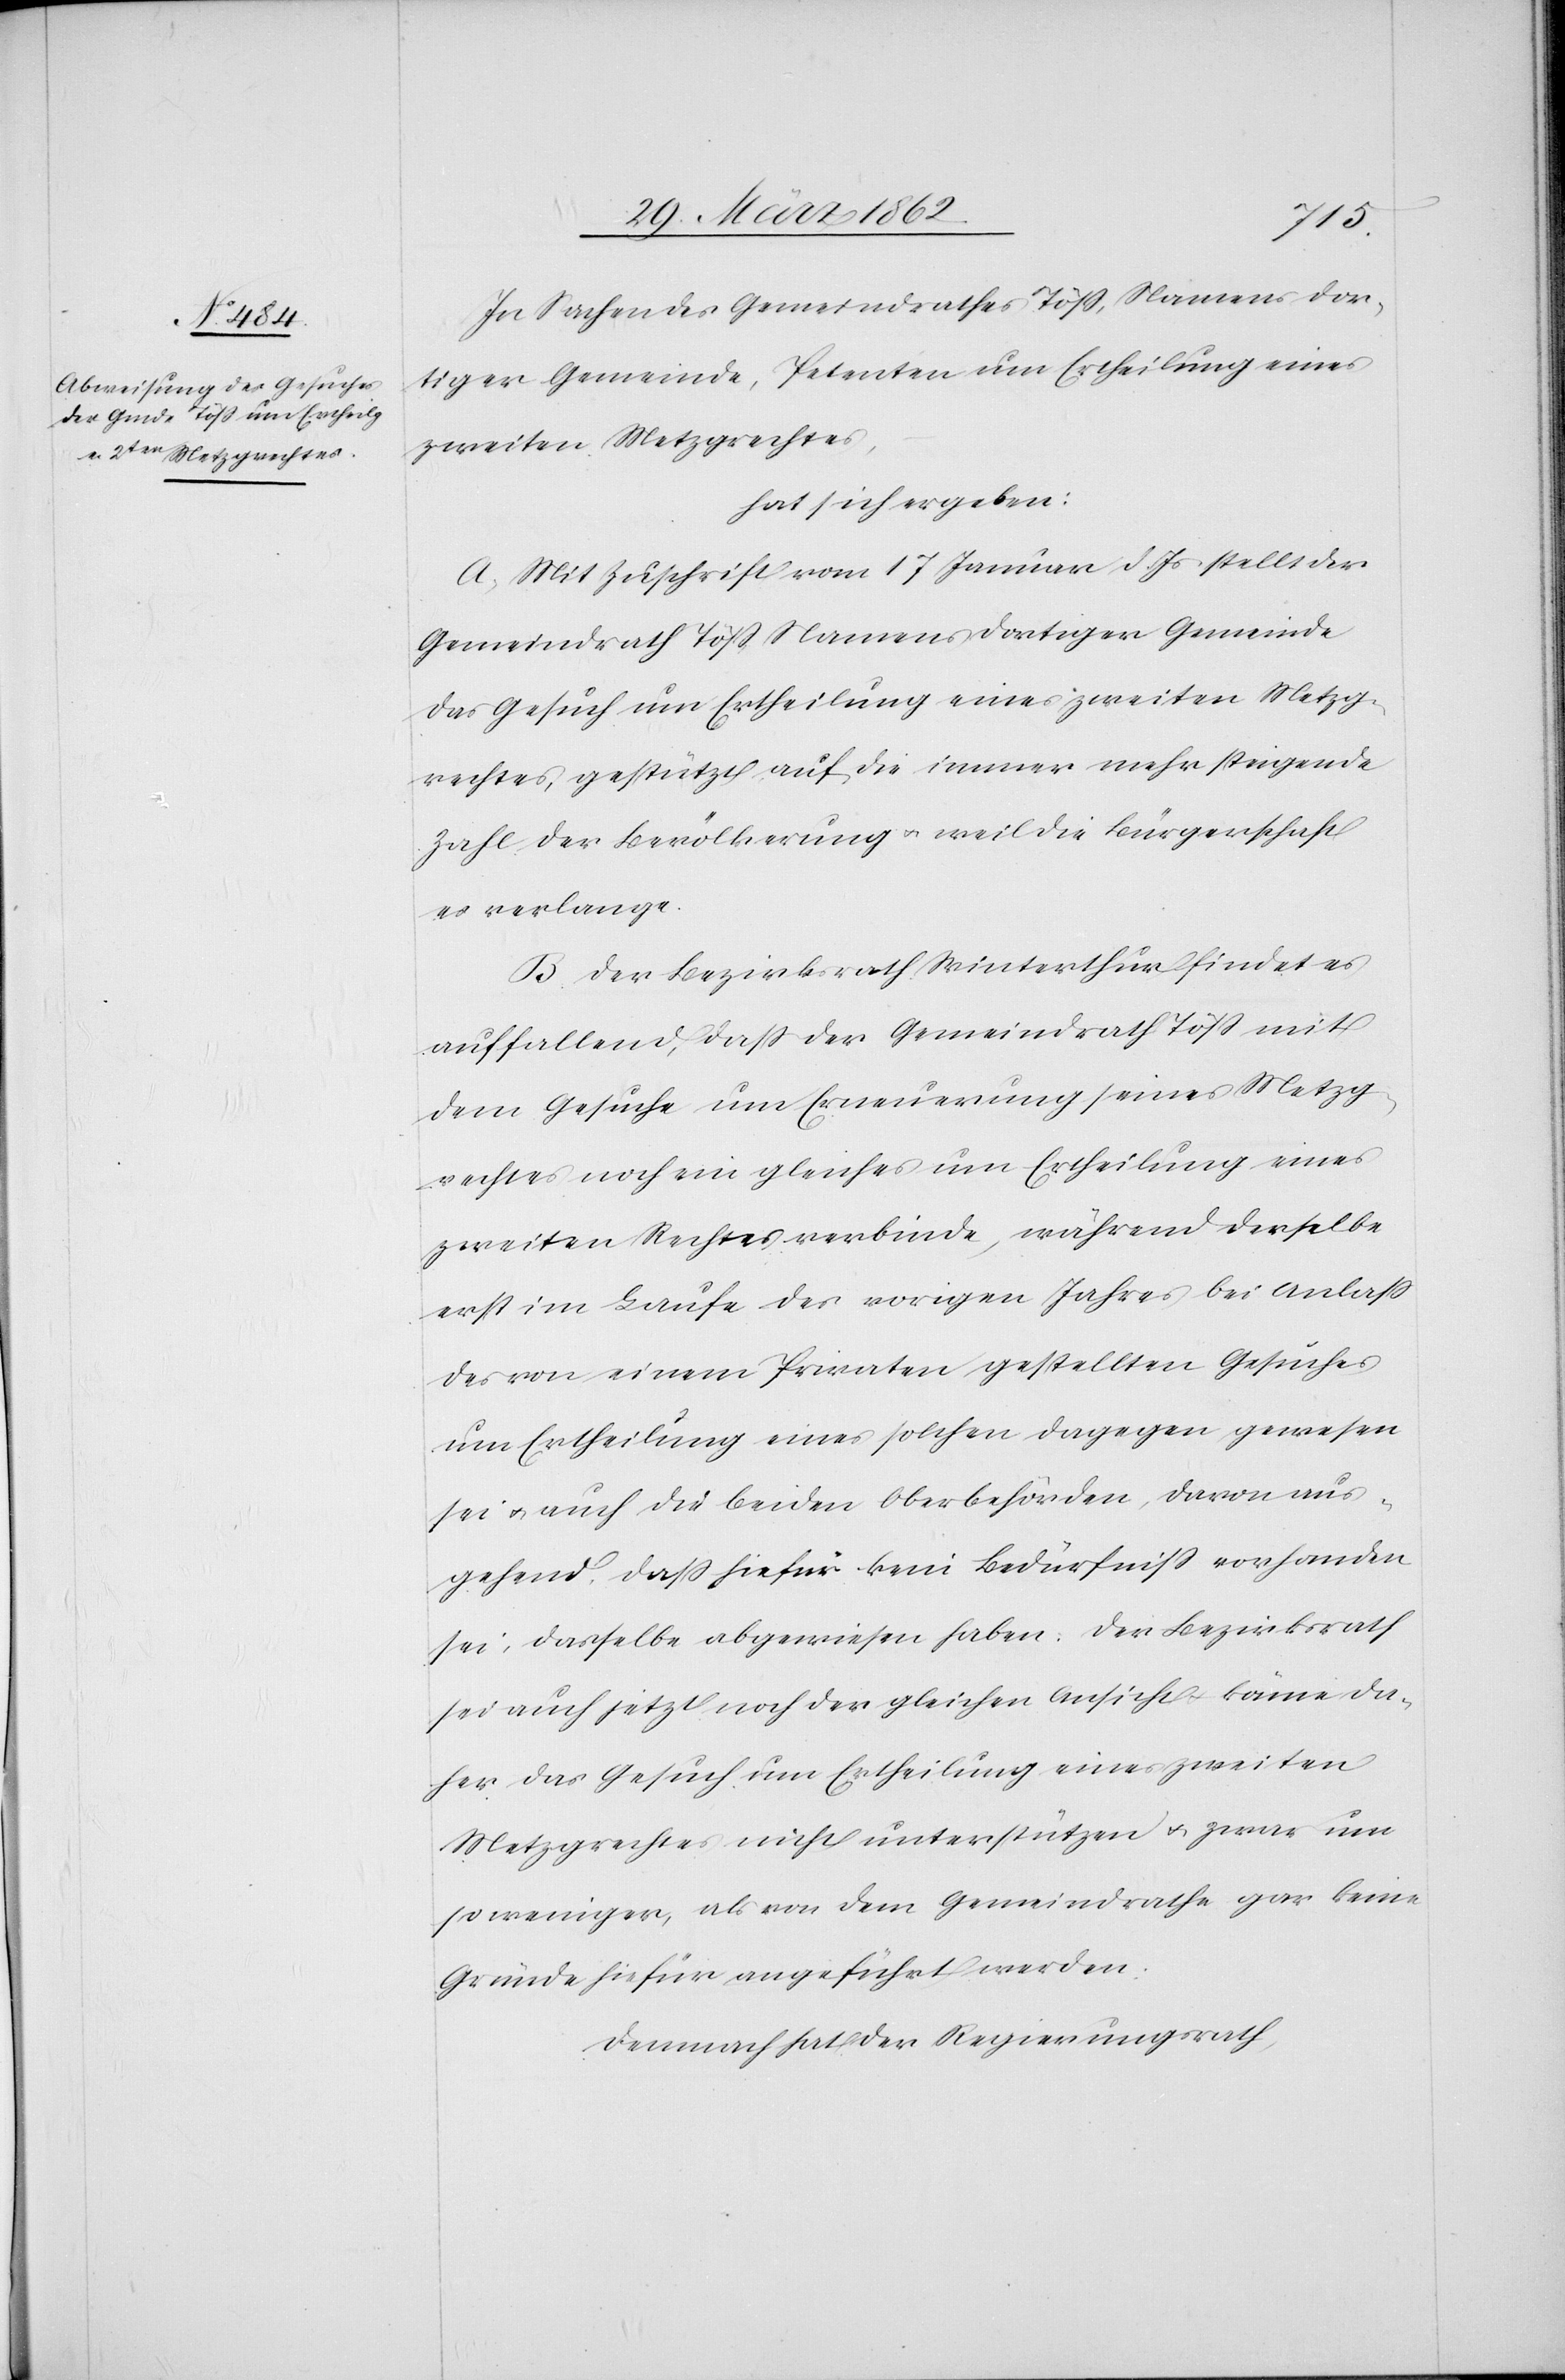
In Sachen des Gemeindrathes Töß, Namens dor¬
tiger Gemeinde, Petenten um Ertheilung eines
zweiten Metzgrechtes,
hat sich ergeben:
A) Mit Zuschrift vom 17 Januar d. Js stellt der
Gemeindrath Töß, Namens dortiger Gemeinde
das Gesuch um Ertheilung eines zweiten Metzg¬
rechtes, gestützt auf die immer mehr steigende
Zahl der Bevölkerung u. weil die Bürgerschaft
es verlange.
B) Der Bezirksrath Winterthur findet es
auffallend, daß der Gemeindrath Töß mit
dem Gesuche um Erneuerung seines Metzg¬
rechtes noch ein gleiches um Ertheilung eines
zweiten Rechtes verbinde, während derselbe
erst im Laufe des vorigen Jahres bei Anlaß
des von einem Privaten gestellten Gesuches
um Ertheilung eines solchen dagegen gewesen
sei u. auch die beiden Oberbehörden, davon aus¬
gehend, daß hiefür kein Bedürfniß vorhanden
sei, dasselbe abgewiesen habe. Der Bezirksrath
sei auch jetzt noch der gleichen Ansicht u. könne da¬
her das Gesuch um Ertheilung eines zweiten
Metzgrechtes nicht unterstützen u. zwar um
so weniger, als von dem Gemeindrathe gar keine
Gründe hiefür angeführt werden.
Demnach hat der Regierungsrath,